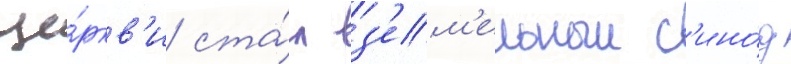
це́ркв'и ста́л з'ем'ельныи с'ино́д